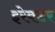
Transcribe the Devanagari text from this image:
इरेक्टर